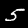
Label: 5